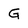
Character: G